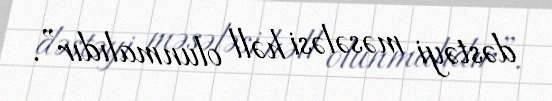
dəstəyi məsələsi həll olunmalıdır”.